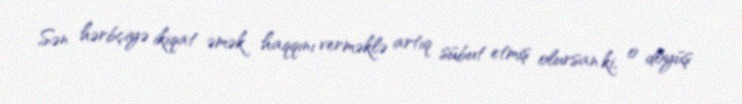
Sən hərbçiyə ikiqat əmək haqqını verməklə artıq sübut etmiş olursan ki, o döyüş